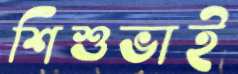
শিশুভাই